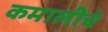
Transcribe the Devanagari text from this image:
कमालीचं